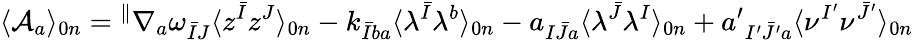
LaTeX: \langle{\cal A}_{a}\rangle_{0n}={}^{\parallel}\nabla_{a}\omega_{\bar{I}J}\langle z^{\bar{I}}z^{J}\rangle_{0n}-k_{\bar{I}ba}\langle\lambda^{\bar{I}}\lambda^{b}\rangle_{0n}-a_{I\bar{J}a}\langle\lambda^{\bar{J}}\lambda^{I}\rangle_{0n}+a^{\prime}{}_{I^{\prime}\bar{J}^{\prime}a}\langle\nu^{I^{\prime}}\nu^{\bar{J}^{\prime}}\rangle_{0n}